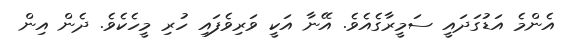
އެންމެ އަޑުގަދައީ ސަމީރާގެއެވެ. އޭނާ އަކީ ވަރިވެފައި ހުރި މީހެކެވެ. ދެން އިން